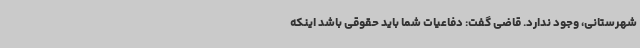
شهرستانی، وجود ندارد. قاضی گفت: دفاعیات شما باید حقوقی باشد اینکه